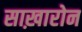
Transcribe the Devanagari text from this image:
साख़ारोन